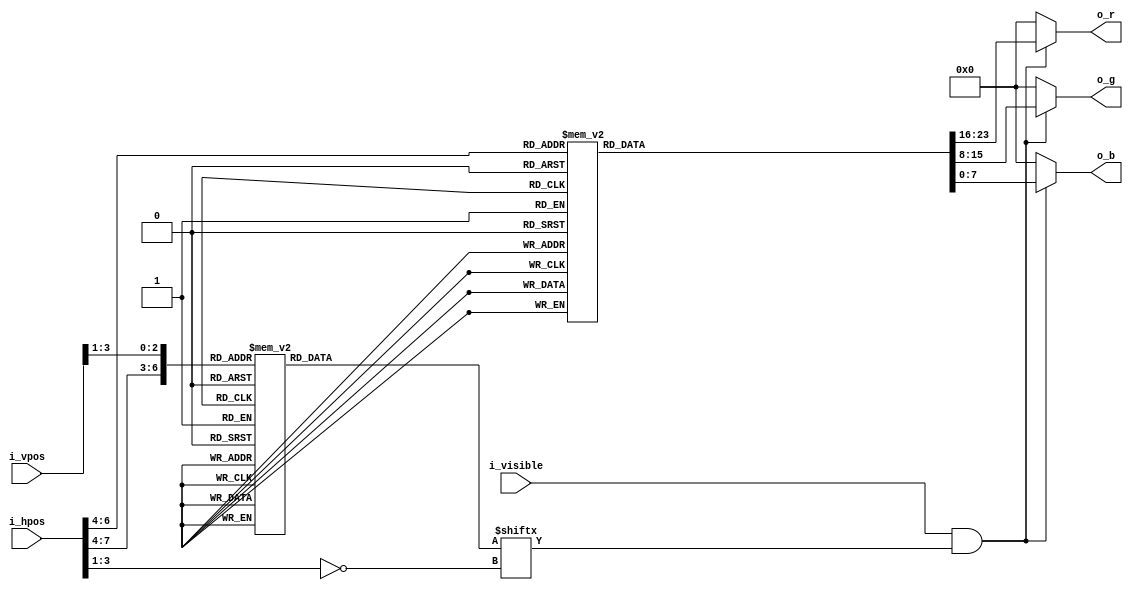
`default_nettype none

module bitmapped_case (
  input wire [9:0]    i_hpos,
  input wire [9:0]    i_vpos,
  input wire          i_visible,
  output wire [7:0]   o_r,
  output wire [7:0]   o_g,
  output wire [7:0]   o_b
);
  
  wire [3:0] digit = i_hpos[7:4];
  wire [2:0] xofs = i_hpos[3:1];
  wire [2:0] yofs = i_vpos[3:1];

  reg [7:0] bits;	// output (5 bits)
  
  // combine {digit,yofs} into single ROM address
  wire [6:0] address = {digit,yofs};
  
  always @(*) begin
    case (address)/*{w:5,h:5,count:10}*/
      7'o00: bits = 8'b11111;
      7'o01: bits = 8'b10001;
      7'o02: bits = 8'b10001;
      7'o03: bits = 8'b10001;
      7'o04: bits = 8'b11111;

      7'o10: bits = 8'b01100;
      7'o11: bits = 8'b00100;
      7'o12: bits = 8'b00100;
      7'o13: bits = 8'b00100;
      7'o14: bits = 8'b11111;

      7'o20: bits = 8'b11111;
      7'o21: bits = 8'b00001;
      7'o22: bits = 8'b11111;
      7'o23: bits = 8'b10000;
      7'o24: bits = 8'b11111;

      7'o30: bits = 8'b11111;
      7'o31: bits = 8'b00001;
      7'o32: bits = 8'b11111;
      7'o33: bits = 8'b00001;
      7'o34: bits = 8'b11111;

      7'o40: bits = 8'b10001;
      7'o41: bits = 8'b10001;
      7'o42: bits = 8'b11111;
      7'o43: bits = 8'b00001;
      7'o44: bits = 8'b00001;

      7'o50: bits = 8'b11111;
      7'o51: bits = 8'b10000;
      7'o52: bits = 8'b11111;
      7'o53: bits = 8'b00001;
      7'o54: bits = 8'b11111;

      7'o60: bits = 8'b11111;
      7'o61: bits = 8'b10000;
      7'o62: bits = 8'b11111;
      7'o63: bits = 8'b10001;
      7'o64: bits = 8'b11111;

      7'o70: bits = 8'b11111;
      7'o71: bits = 8'b00001;
      7'o72: bits = 8'b00001;
      7'o73: bits = 8'b00001;
      7'o74: bits = 8'b00001;

      7'o100: bits = 8'b11111;
      7'o101: bits = 8'b10001;
      7'o102: bits = 8'b11111;
      7'o103: bits = 8'b10001;
      7'o104: bits = 8'b11111;

      7'o110: bits = 8'b11111;
      7'o111: bits = 8'b10001;
      7'o112: bits = 8'b11111;
      7'o113: bits = 8'b00001;
      7'o114: bits = 8'b11111;

      default: bits = 0;
    endcase
  end

  reg [23:0] pal_col;

  wire [2:0] pal_idx = digit[2:0];
  always @(*) begin
    case (pal_idx)
      3'd0: pal_col = 24'hff_00_00;
      3'd1: pal_col = 24'hff_a5_00;
      3'd2: pal_col = 24'hff_ff_00;
      3'd3: pal_col = 24'h00_80_00;
      3'd4: pal_col = 24'h00_00_ff;
      3'd5: pal_col = 24'h4b_00_82;
      3'd6: pal_col = 24'hee_8e_ee;
      3'd7: pal_col = 24'hff_ff_ff;
    endcase
  end

  wire r = i_visible && bits[~xofs];
  wire g = i_visible && bits[~xofs];
  wire b = i_visible && bits[~xofs];
  assign o_r = r? pal_col[23:16] : 8'h 00;
  assign o_g = g? pal_col[15:8] : 8'h 00;
  assign o_b = b? pal_col[7:0] : 8'h 00;

endmodule